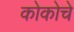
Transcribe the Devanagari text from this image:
कोकोचे